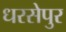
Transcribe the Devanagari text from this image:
धरसेपुर